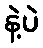
နဲ့ပဲ